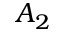
A _ { 2 }